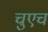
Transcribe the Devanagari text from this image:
चुएच